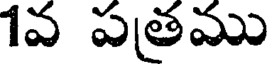
1వ పతము